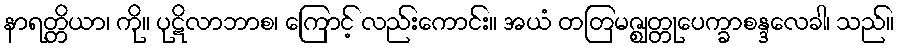
နာရတ္တိယာ၊ ကို။ ပုဋိလာဘာစ၊ ကြောင့် လည်းကောင်း။ အယံ တတြမဇ္ဈတ္တုပေက္ခာစန္ဒလေခါ၊ သည်။